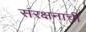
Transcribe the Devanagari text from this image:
संरक्षनाची